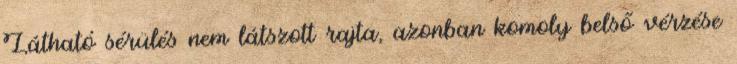
Látható sérülés nem látszott rajta, azonban komoly belső vérzése